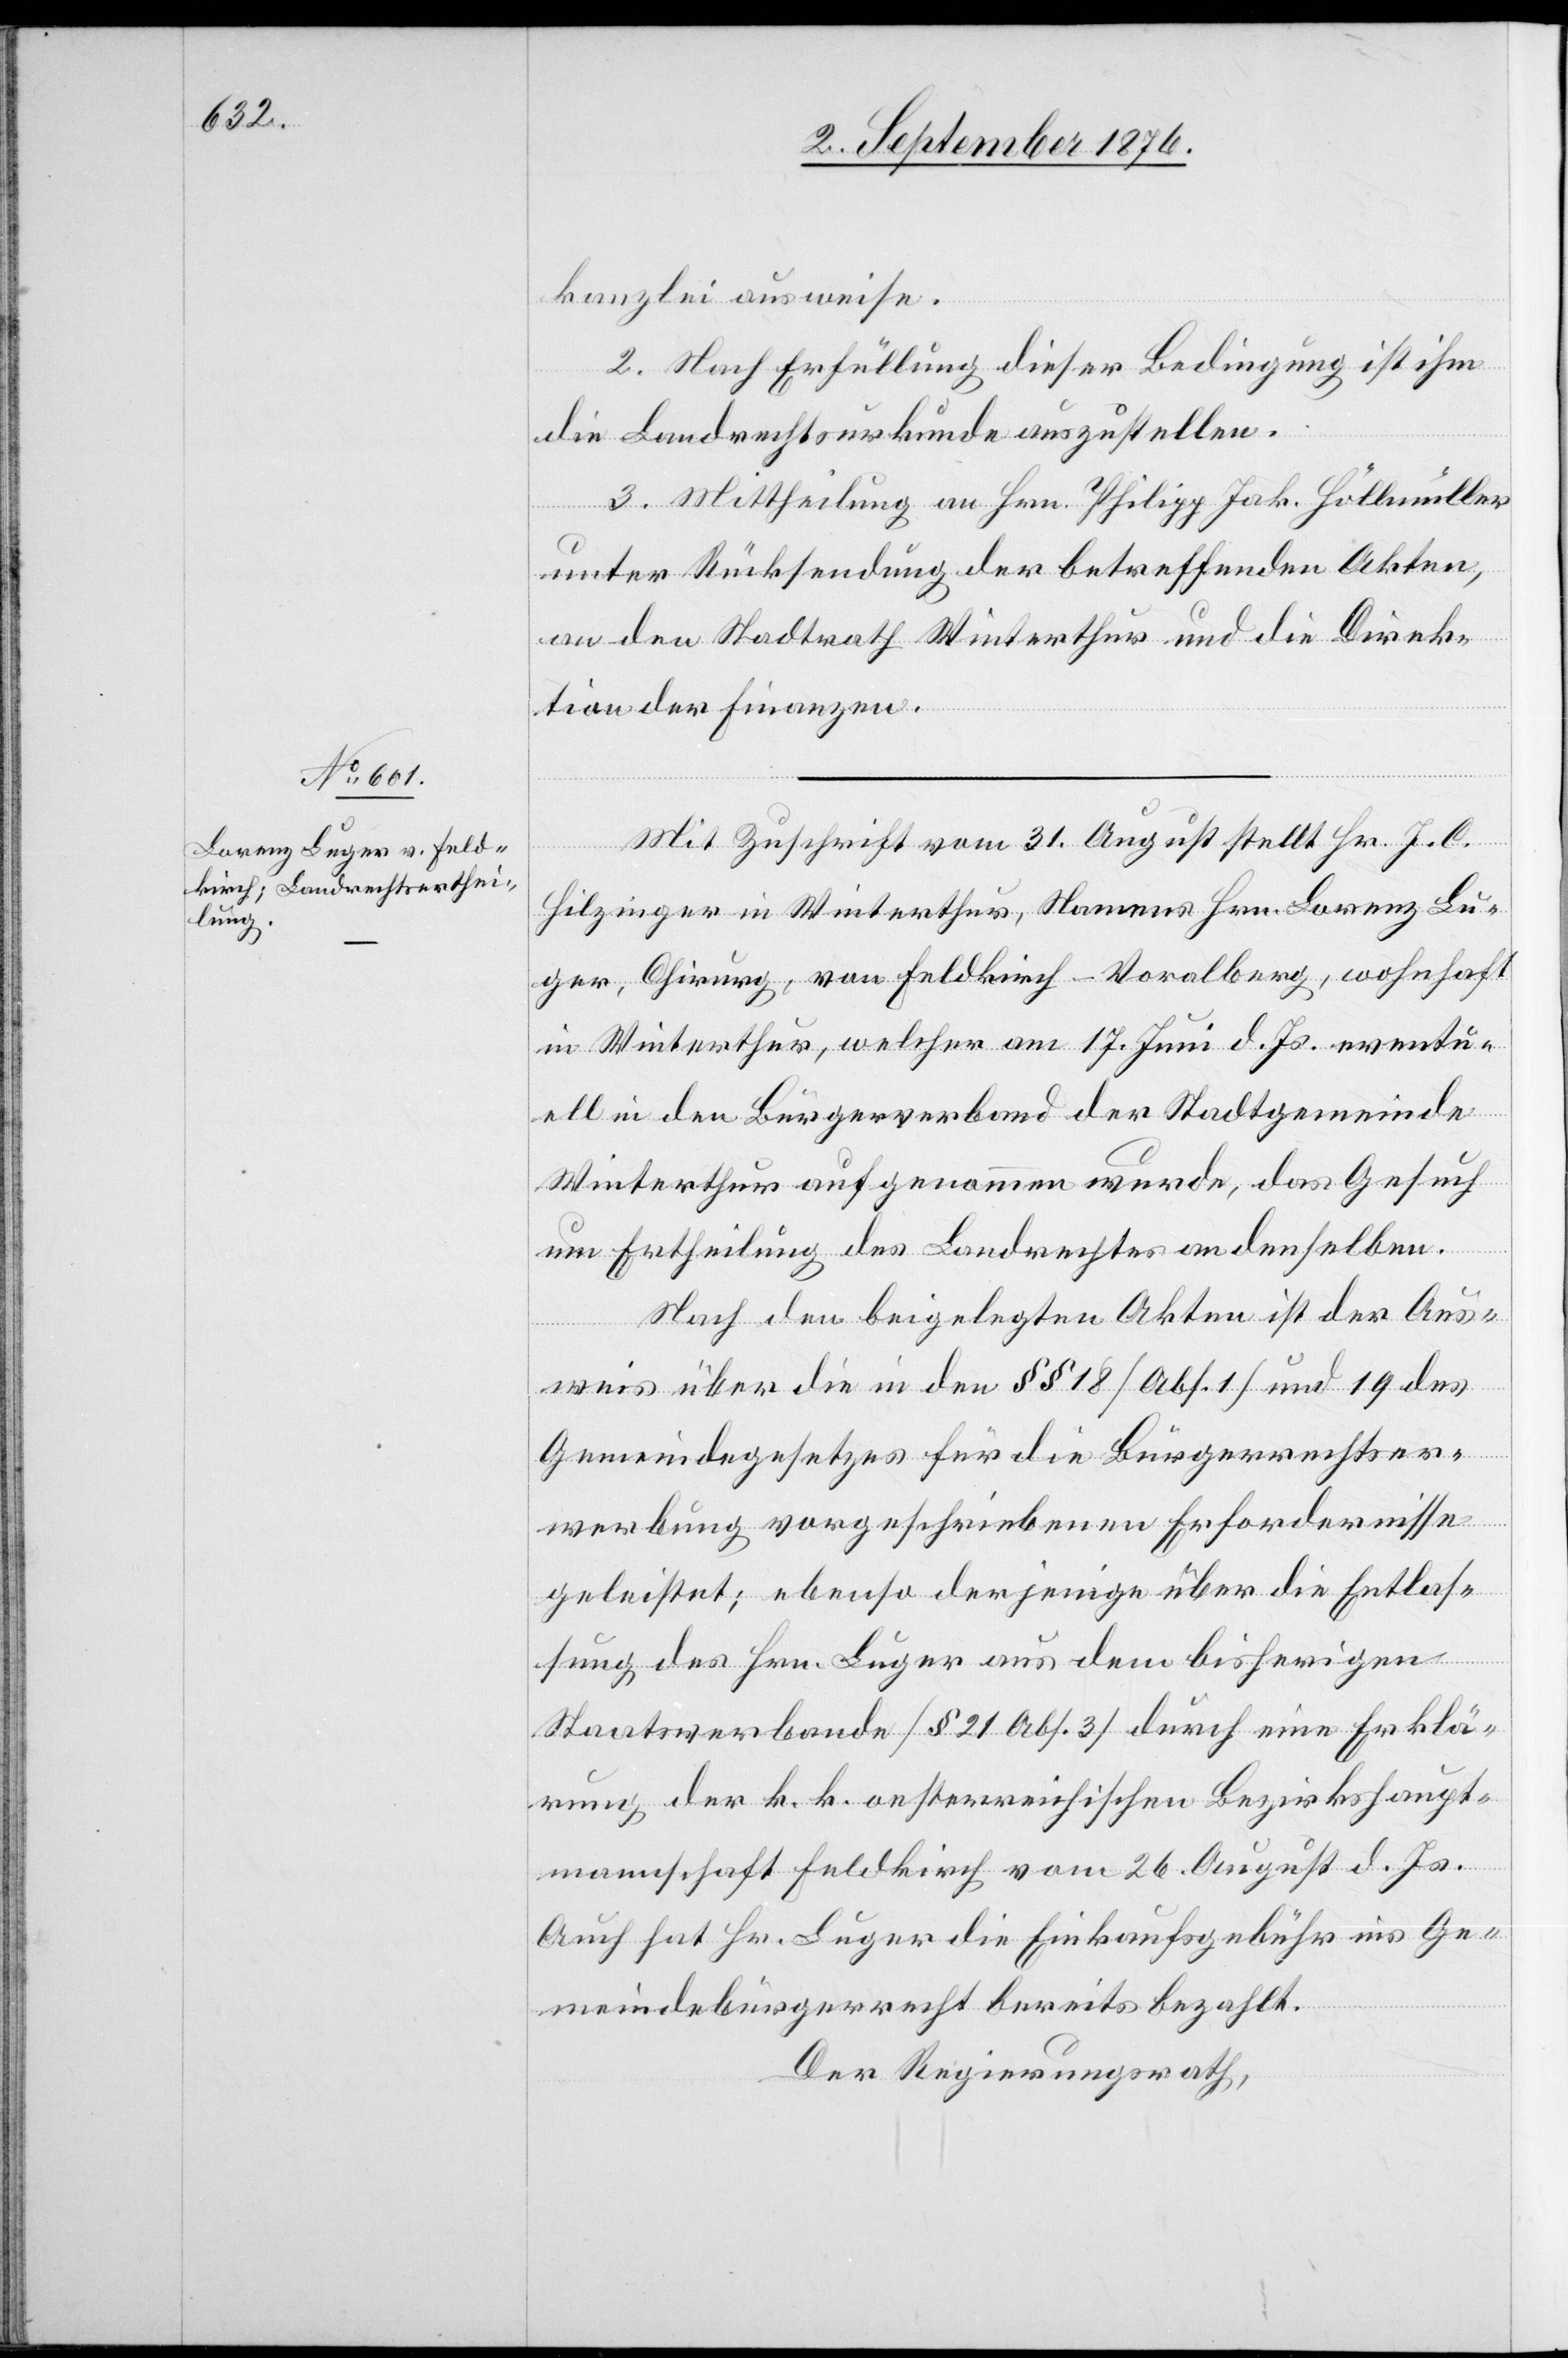
kanzlei ausweise.
2. Nach Erfüllung dieser Bedingung ist ihm
die Landrechtsurkunde auszustellen.
3. Mittheilung an Hrn. Philipp Jak. Höllmüller
unter Rücksendung der betreffenden Akten,
an den Stadtrath Winterthur und die Direk¬
tion der Finanzen.
Mit Zuschrift vom 31. August stellt Hr. J. C.
Hilzinger in Winterthur, Namens Hrn. Lorenz Lu¬
ger, Chirurg, von Feldkirch - Voralberg [sic!], wohnhaft
in Winterthur, welcher am 17. Juni d. Js. eventu¬
ell in den Bürgerverband der Stadtgemeinde
Winterthur aufgenommen wurde, das Gesuch
um Ertheilung des Landrechtes an denselben.
Nach den beigelegten Akten ist der Aus¬
weis über die in den §§ 18 [Abs. 1] und 19 des
Gemeindegesetzes für die Bürgerrechtser¬
werbung vorgeschriebenen Erfordernisse
geleistet; ebenso derjenige über die Entlas¬
sung des Hrn. Luger aus dem bisherigen
Staatsverbande [§ 21 Abs. 3] durch eine Erklä¬
rung der k. k. oesterreichischen Bezirkshaupt¬
mannschaft Feldkirch vom 26. August d. Js.
Auch hat Hr. Luger die Einkaufsgebühr ins Ge¬
meindebürgerrecht bereits bezahlt.
Der Regierungsrath,